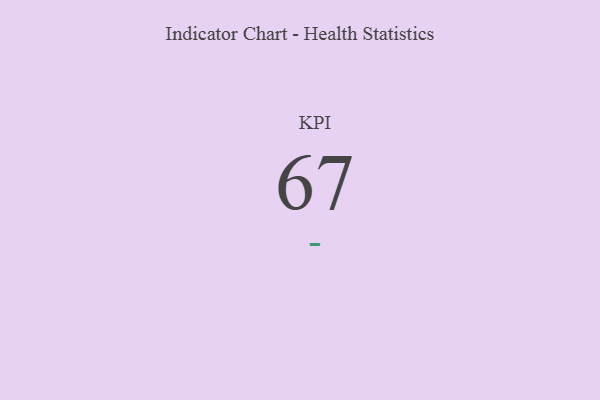
{"axis": {"x": "KPI", "y": "Value"}, "legend": [""], "data": [{"x": "KPI", "y": 67, "type": ""}]}